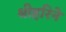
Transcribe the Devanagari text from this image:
श्रीहरिने